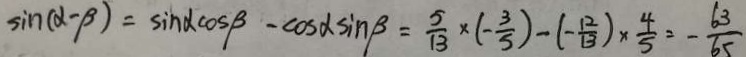
\sin ( \alpha - \beta ) = \sin \alpha \cos \beta - \cos \alpha \sin \beta = \frac { 5 } { 1 3 } \times ( - \frac { 3 } { 5 } ) - ( - \frac { 1 2 } { 1 3 } ) \times \frac { 4 } { 5 } = - \frac { 6 3 } { 6 5 }